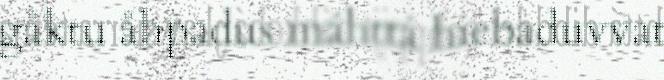
gåktu åhpadus máhttá hiebaduvvat